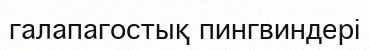
галапагостық пингвиндері